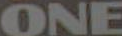
ONE